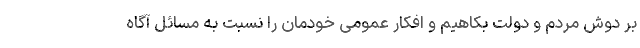
بر دوش مردم و دولت بکاهیم و افکار عمومی خودمان را نسبت به مسائل آگاه